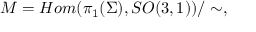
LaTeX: { \cal M } = H o m ( \pi _ { 1 } ( \Sigma ) , S O ( 3 , 1 ) ) / \sim ,